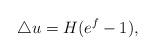
LaTeX: \begin{align*} \triangle u = H (e^f-1), \end{align*}